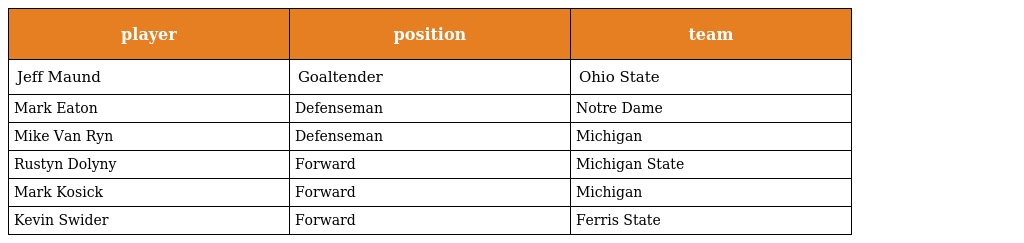
| player | position | team |
 | --- | --- | --- |
 | Jeff Maund | Goaltender | Ohio State |
 | Mark Eaton | Defenseman | Notre Dame |
 | Mike Van Ryn | Defenseman | Michigan |
 | Rustyn Dolyny | Forward | Michigan State |
 | Mark Kosick | Forward | Michigan |
 | Kevin Swider | Forward | Ferris State |